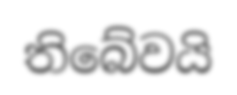
තිබේවයි